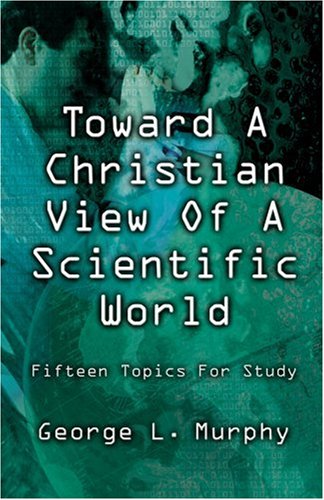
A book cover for Toward A Christian View of A Scientific World: Fifteen Topics for Study; George L. Murphy; Christian Books & Bibles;